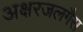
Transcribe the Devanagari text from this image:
अक्षरजलगैस